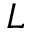
\cal { L }